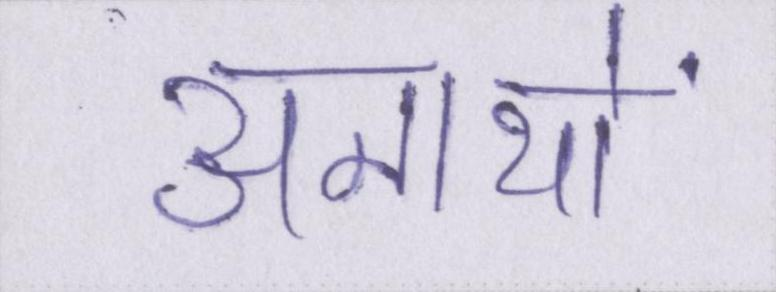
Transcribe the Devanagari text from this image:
अनाथों